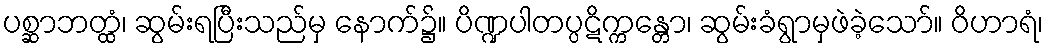
ပစ္ဆာဘတ္ထံ၊ ဆွမ်းရပြီးသည်မှ နောက်၌။ ပိဏ္ဍပါတပ္ပဋိက္ကန္တော၊ ဆွမ်းခံရွာမှဖဲခဲ့သော်။ ဝိဟာရံ၊